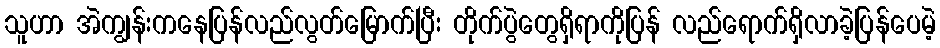
သူဟာ အဲကျွန်းကနေပြန်လည်လွတ်မြောက်ပြီး တိုက်ပွဲတွေရှိရာကိုပြန် လည်ရောက်ရှိလာခဲ့ပြန်ပေမဲ့